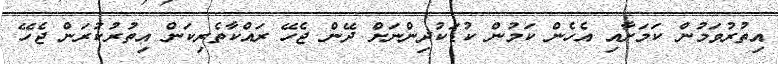
އިތުރުވަމުން ކަމަށާއި އެހެން ކަމުން ކުޑަކުދިންނަށް ދޭން ޖެހޭ ރައްކާތެރިކަން އިތުރުކުރަން ޖެހޭ